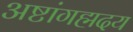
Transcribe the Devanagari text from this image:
अष्टांगह्मदय